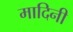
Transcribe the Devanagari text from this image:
मादिनी